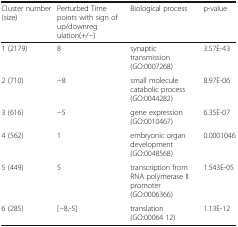
| Cluster number (size) | Perturbed Time points with sign of up/downreg ulation(+/−) | Biological process | p-value |
 | --- | --- | --- | --- |
 | 1 (2179) | 8 | synaptic transmission (GO:0007268) | 3.57E-43 |
 | 2 (710) | −8 | small molecule catabolic process (GO:0044282) | 8.97E-06 |
 | 3 (616) | −5 | gene expression (GO:0010467) | 6.35E-07 |
 | 4 (562) | 1 | embryonic organ development (GO:0048568) | 0.0001046 |
 | 5 (449) | 5 | transcription from RNA polymerase II promoter (GO:0006366) | 1.543E-05 |
 | 6 (285) | [−8,-5] | translation (GO:00064 12) | 1.13E-12 |